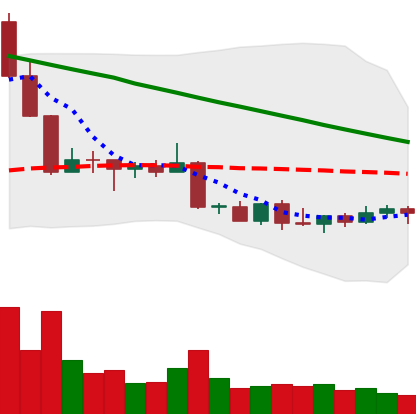
Ticker: DOGE-USD
Chart end date: 2022-09-05
Forward return: 3.248%
Label: up_3_5